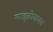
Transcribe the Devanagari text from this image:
माइक्रोबायल